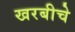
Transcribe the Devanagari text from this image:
खरबीचे